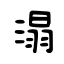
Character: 溻